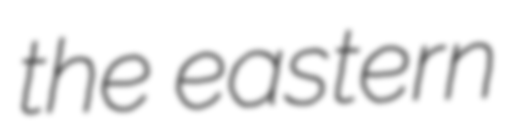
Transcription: the eastern